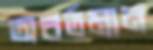
অবর্তমান